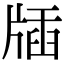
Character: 牐